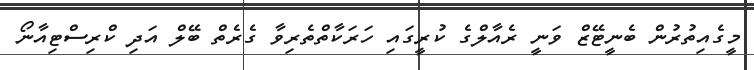
މީގެއިތުރުން ބެނީޓޭޒް ވަނީ ރެއާލްގެ ކުރީގައި ހަރަކާތްތެރިވާ ގެރެތް ބޭލް އަދި ކްރިސްޓިއާނޯ